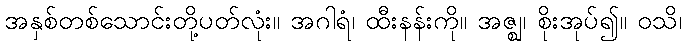
အနှစ်တစ်သောင်းတို့ပတ်လုံး။ အဂါရံ၊ ထီးနန်းကို။ အဇ္ဈ၊ စိုးအုပ်၍။ ဝသိ၊